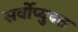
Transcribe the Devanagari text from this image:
सर्वोप्युक्त